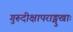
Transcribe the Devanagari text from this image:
गुरूदीक्षापराङ्मुखाः